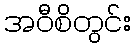
အဝီစိတွင်း